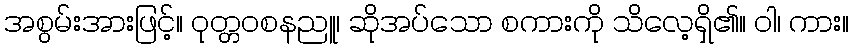
အစွမ်းအားဖြင့်။ ဝုတ္တဝစနညူ၊ ဆိုအပ်သော စကားကို သိလေ့ရှိ၏။ ဝါ၊ ကား။